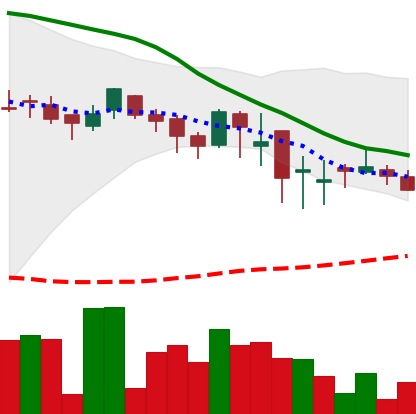
Ticker: DOGE-USD
Chart end date: 2018-05-17
Forward return: -8.047%
Label: down_7plus